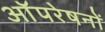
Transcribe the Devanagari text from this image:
आॅपरेषनों